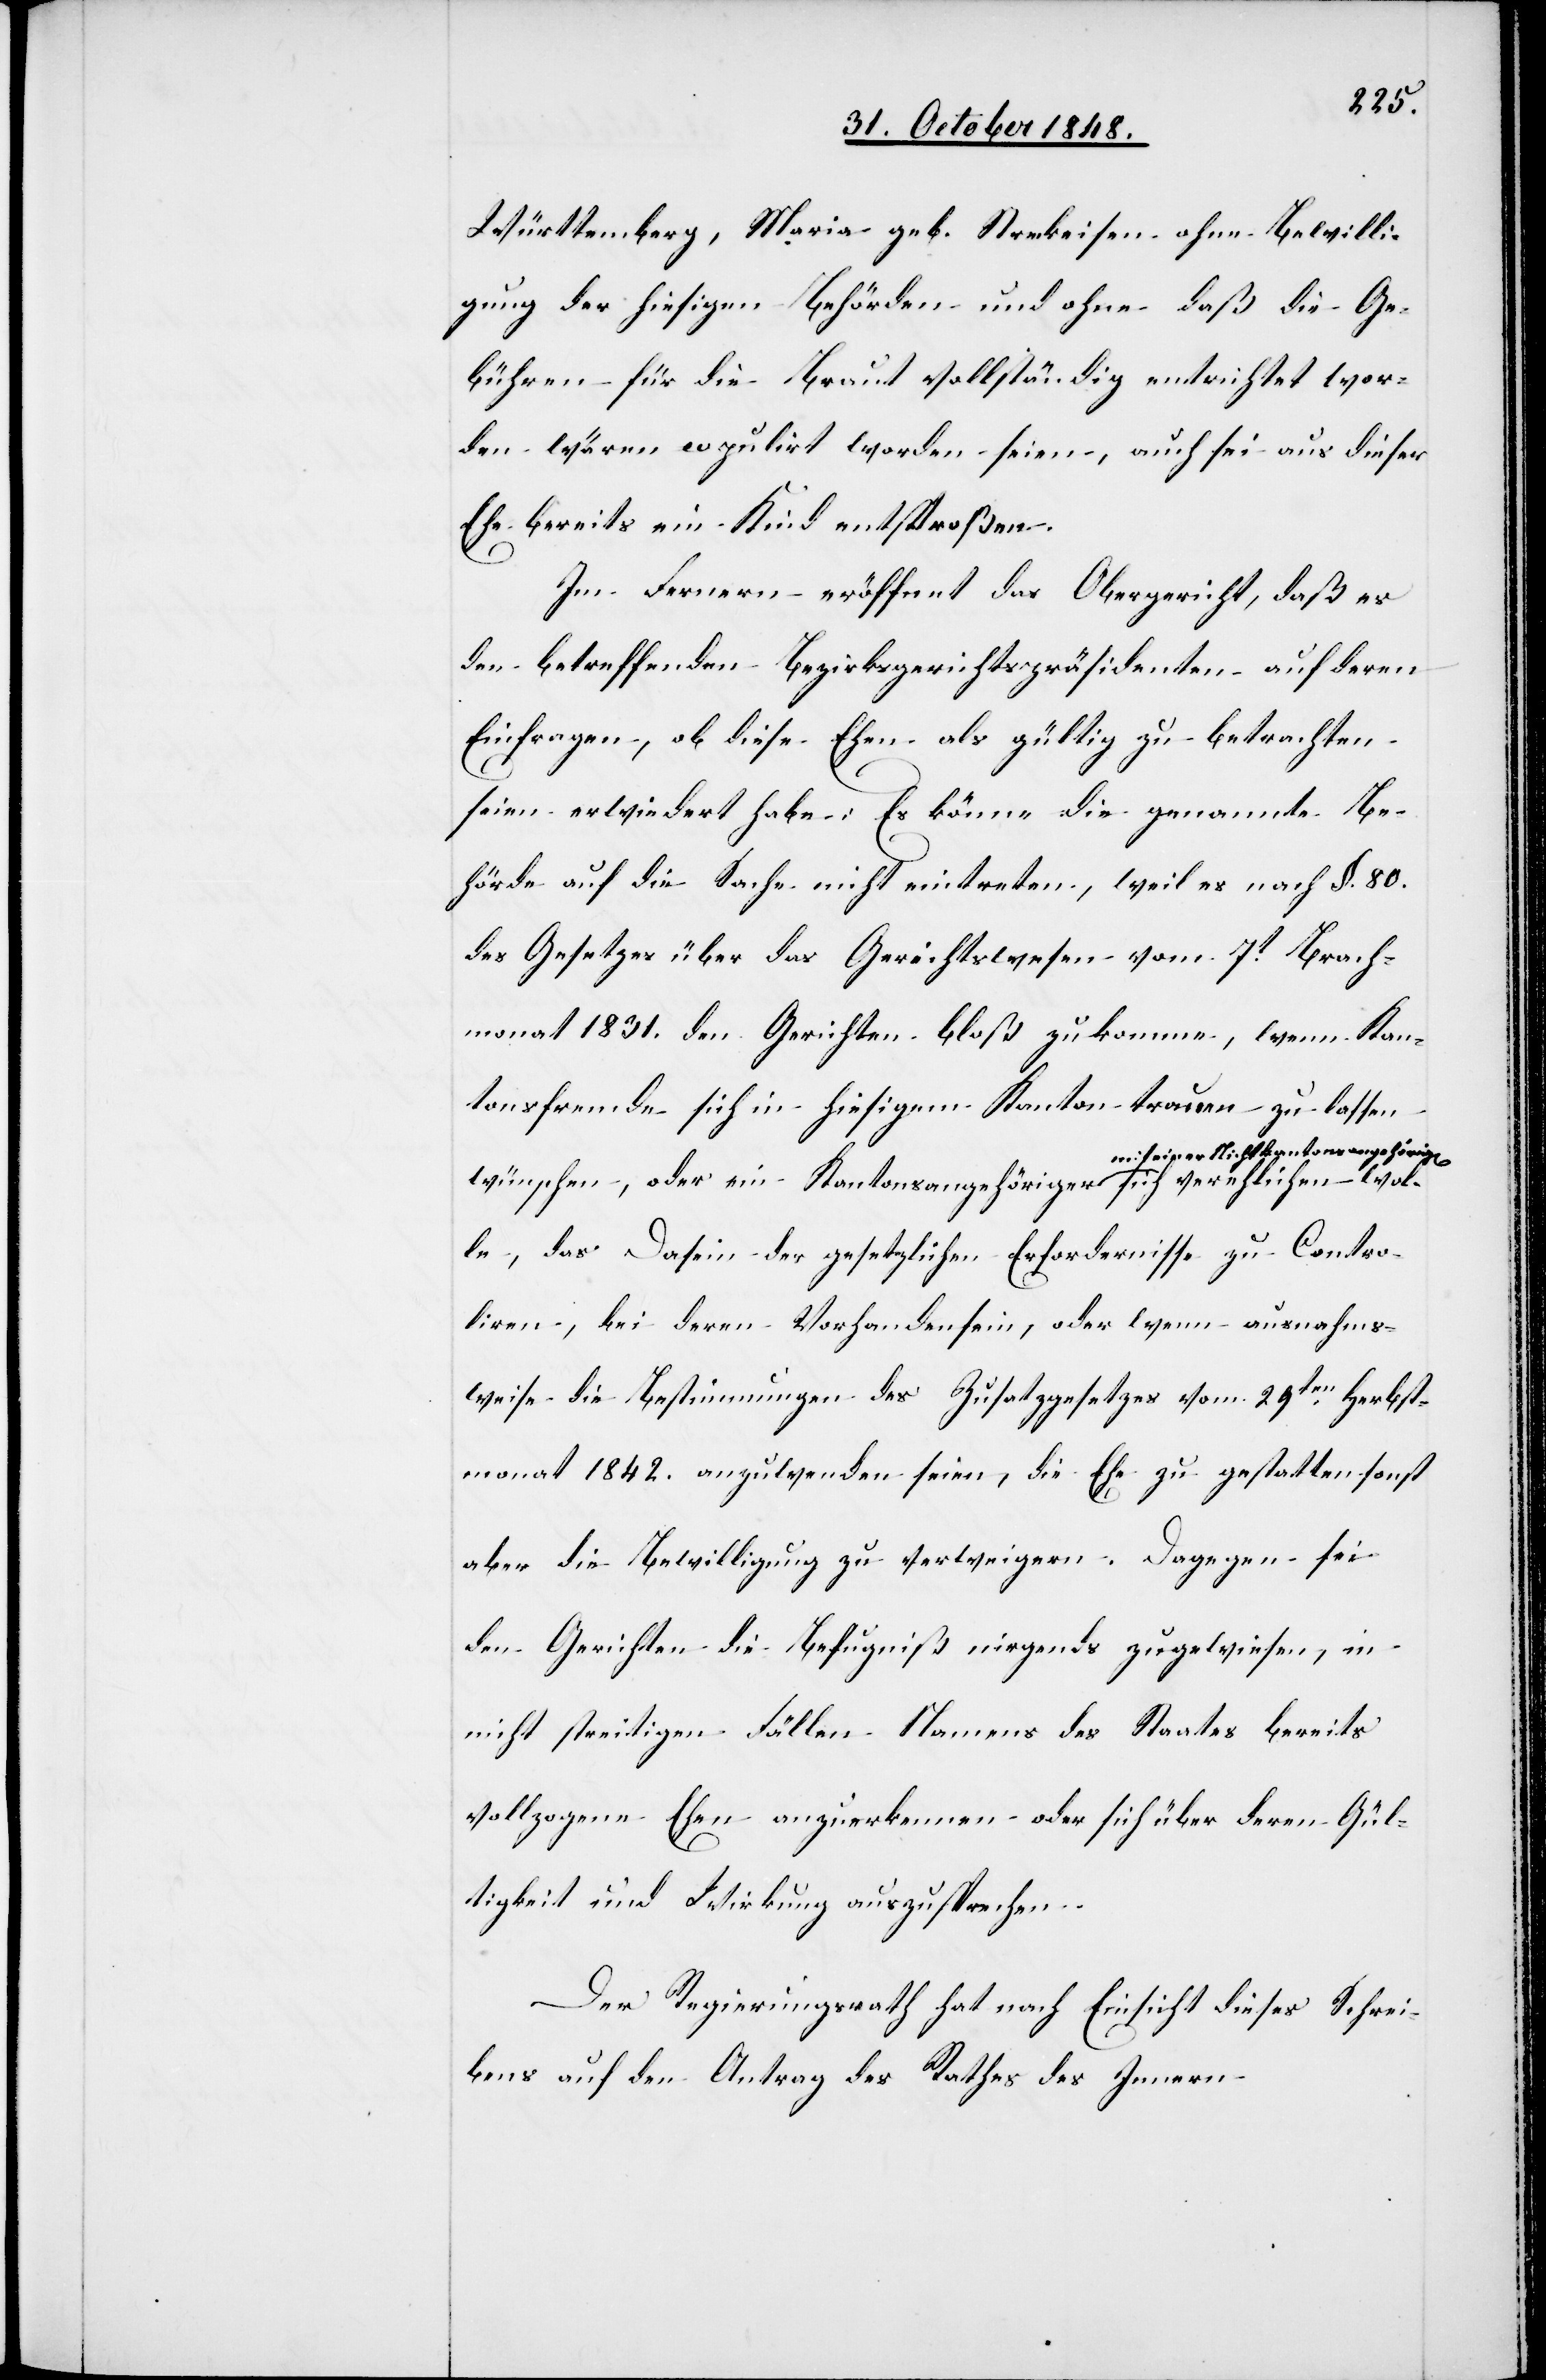
Württemberg, Maria geb. Streckeisen ohne Bewilli¬
gung der hiesigen Behörden und ohne daß die Ge¬
bühren für die Braut vollständig entrichtet wor¬
den wären copulirt worden seien, auch sei aus dieser
Ehe bereits ein Kind entsproßen.
Im Fernern eröffnet das Obergericht, daß es
den betreffenden Bezirksgerichtspräsidenten auf deren
Einfrage, ob diese Ehen als gültig zu betrachten
seine erwiedert habe: Es könne die genannte Be¬
hörde auf die Sache nicht eintreten, weil es nach §. 80.
des Gesetzes über das Gerichtswesen vom 7t Brach¬
monat 1831. den Gerichten bloß zukomme, wenn Kan¬
tonsfremde sich in hiesigem Kanton trauen zu lassen
sangehörig[en] sich verehlichen wol¬
wünschen, oder ein Kantonsangehöriger mit einer Nichtkanton¬
le, das Dasein der gesetzlichen Erfordernisse zu Contro¬
liren, bei deren Vorhandensein, oder wenn ausnahms¬
weise die Bestimmungen des Zusatzgesetzes vom 29ten Herbst¬
monat 1842. anzuwenden seien, die Ehe zu gestalten sonst
aber die Bewilligung zu verweigern. Dagegen sei
den Gerichten die Befugniß nirgends zugewiesen, in
nicht streitigen Fällen Namens des Staates bereits
vollzogene Ehen anzuerkennen oder sich über deren Gül¬
tigkeit und Wirkung auszusprechen.
Der Regierungsrath hat nach Einsicht dieses Schrei¬
bens auf den Antrag des Rathes des Innern